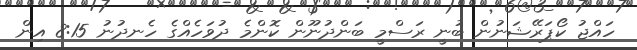
ހައްޖު ކޯޕަރޭޝަނުން ބުނީ ރަސްމީ ބަންދުނޫން ކޮންމެ ދުވަހެއްގެ ހެނދުނު 8:15 އިން